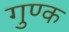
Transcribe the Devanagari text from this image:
गुण्क